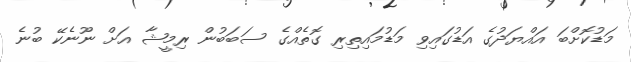
މަޑުކޮށްބަ އައްޔަދުގެ އަޑުގައިވި މަޑުމައިތިރި ގޮތެއްގެ ސަބަބުން ރިމީޝާ އަށް ނޫނެކޭ ބުނެ